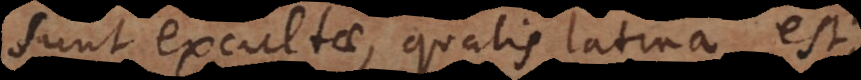
sunt excultae, qualis latina est,